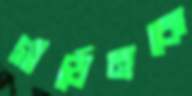
গার্ডেনকে